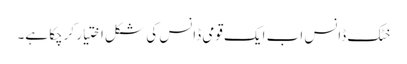
خٹک ڈانس اب ایک قومی ڈانس کی شکل اختیار کرچکا ہے۔